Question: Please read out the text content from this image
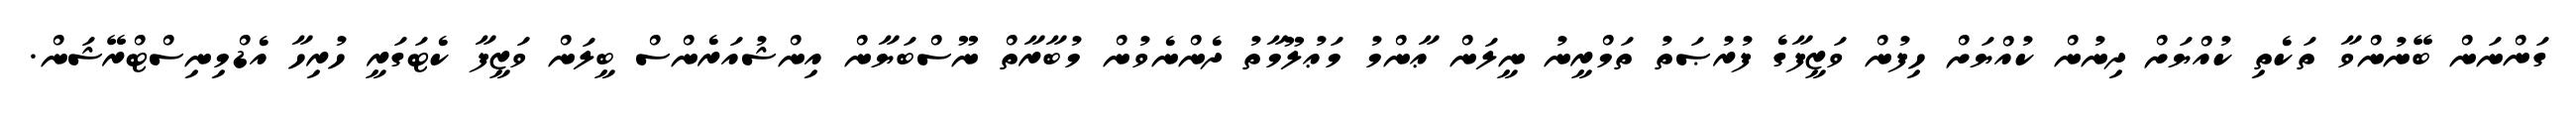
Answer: ގަންނަން ބޭނުންވާ ތަކެތި ކުއްޔަށް ދިނުން ކުއްޔަށް ހިފުން ވަޒީފާގެ ފުރުޞަތު ތަމްރީނު ނީލަން ޢާންމު މަޢުލޫމާތު ދެންނެވުން މުބާރާތް ނޫސްބަޔާން އިންޝުއަރެންސް ބީލަން ވަޒީފާ ކެޓަގަރީ ހުރިހާ އެޑްމިނިސްޓްރޭޝަން.